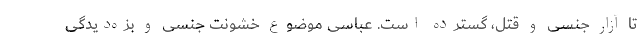
تا آزار جنسی و قتل، گسترده است. عباسی موضوع خشونت جنسی و بزه‌دیدگی